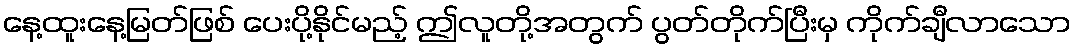
နေ့ထူးနေ့မြတ်ဖြစ် ပေးပို့နိုင်မည့် ဤလူတို့အတွက် ပွတ်တိုက်ပြီးမှ ကိုက်ချီလာသော